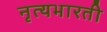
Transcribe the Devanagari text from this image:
नृत्यभारती